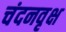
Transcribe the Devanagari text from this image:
चंदनवृक्ष